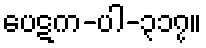
ပေဋက-ပါ-၃၁၇။